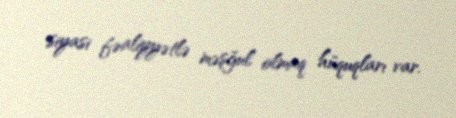
siyasi fəaliyyətlə məşğul olmaq hüquqları var.